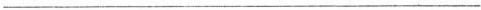
___